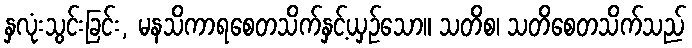
နှလုံးသွင်းခြင်း, မနသိကာရစေတသိက်နှင့်ယှဉ်သော။ သတိစ၊ သတိစေတသိက်သည်